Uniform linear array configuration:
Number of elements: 16
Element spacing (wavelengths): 0.75
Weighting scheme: hann
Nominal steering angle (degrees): -45
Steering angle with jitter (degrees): -46.527
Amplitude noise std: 0.05
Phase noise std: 0.05

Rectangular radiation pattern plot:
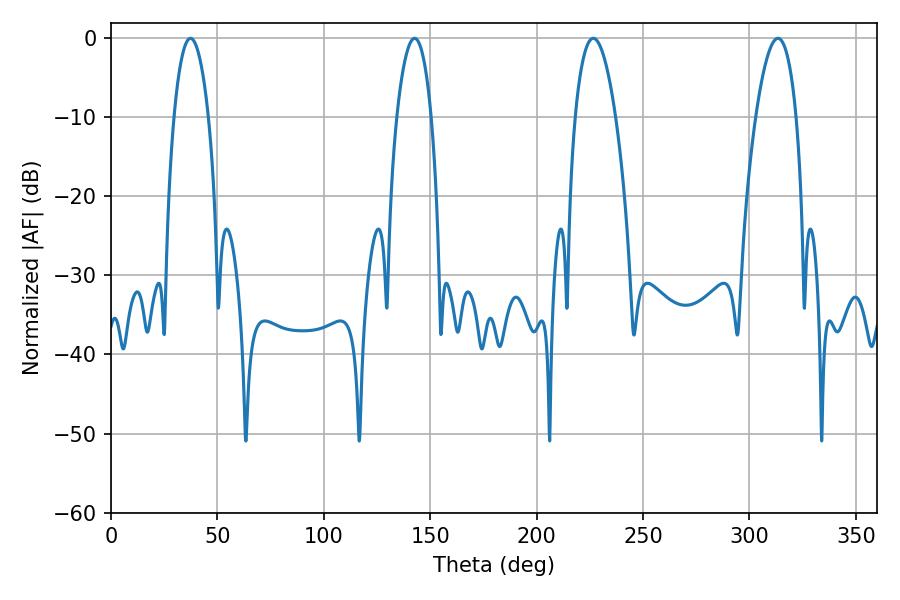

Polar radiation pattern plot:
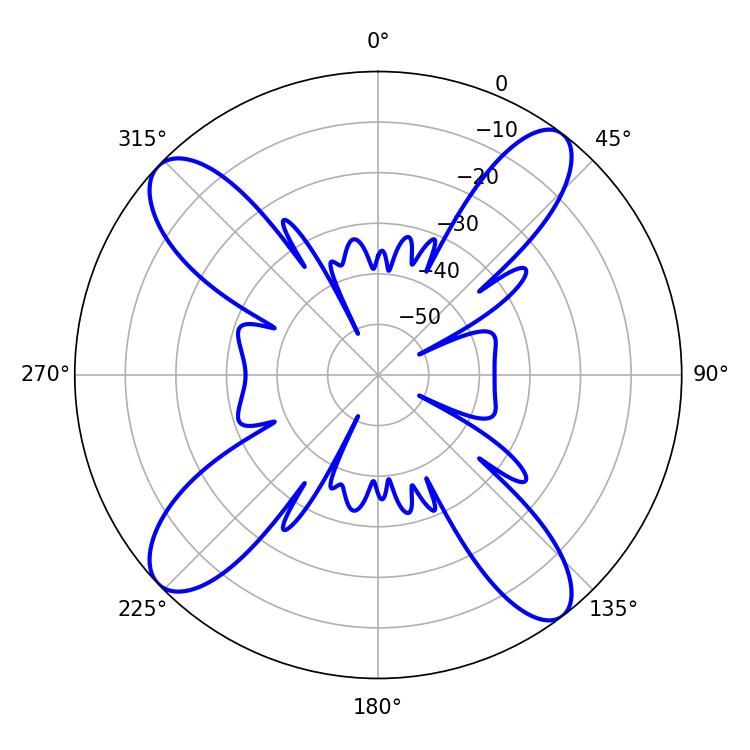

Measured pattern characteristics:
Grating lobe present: TRUE
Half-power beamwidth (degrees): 10.62
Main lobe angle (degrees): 313.38